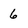
Character: 6